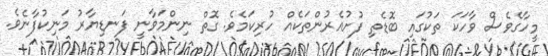
މީހާގެވެސް ވާހަކަ ތަކުގައި ބޮޑެތި ފުށުއެރުންތަކެއް ހުރިކަމެވެ. ގޮތް ނިންމަވާނީ ފަނޑިޔާރު މަނިކުފާނެވެ.